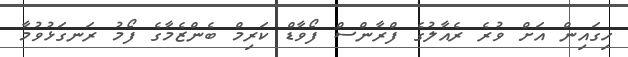
ހިގައިން އަށް ވުރެ ރެއާލުގެ ފްރާންސް ފޯވާޑް ކަރިމް ބެންޒެމާގެ ފޯމު ރަނގަޅުވުމާ